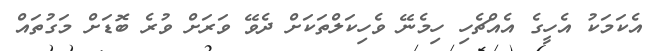
އެކަމަކު އެހީގެ އެއްޗެހި ހިމެނޭ ވެހިކަލްތަކަށް ދެވޭ ވަރަށް ވުރެ ބޮޑަށް މަގުތައް